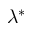
\lambda ^ { \ast }